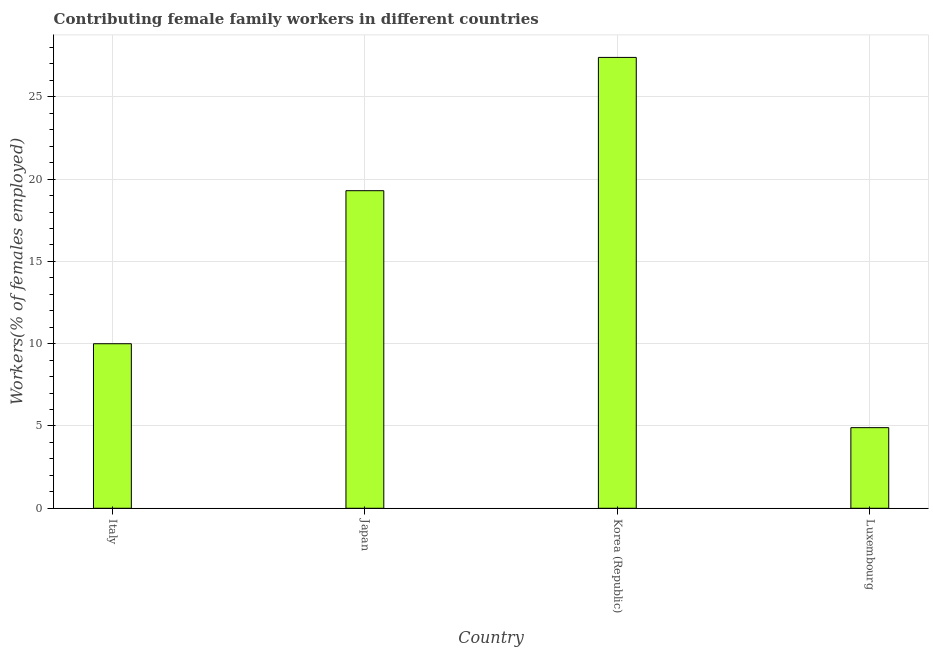
| Country | Contributing family workers |
 | --- | --- |
 | Italy | 10 |
 | Japan | 19.3 |
 | Korea (Republic) | 27.4 |
 | Luxembourg | 4.9 |